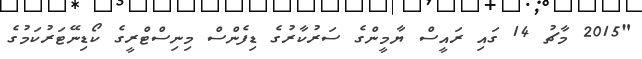
"2015 މާޗު 14 ގައި ރައީސް ޔާމީންގެ ސަރުކާރުގެ ޑިފެންސް މިނިސްޓްރީގެ ކޯޑިނޭޓަރުކަމުގެ